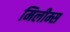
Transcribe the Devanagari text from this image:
मिलीम्स